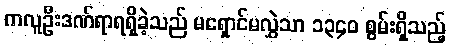
ကလူဦးဒဏ်ရာရရှိခဲ့သည် မရှောင်မလွှဲသာ ၁၃၄၀ စွမ်းရှိသည့်